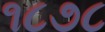
૧૮૭૮